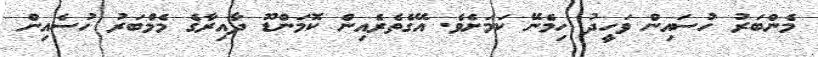
މެންބަރު ހުސައިން ވަހީދު ހިމެނޭ ކަމަށެވެ. އޭގެތެރެއިން ކޮމަންޑޫ ދާއިރާގެ މެމްބަރު ހުސެއިން